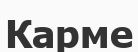
Карме